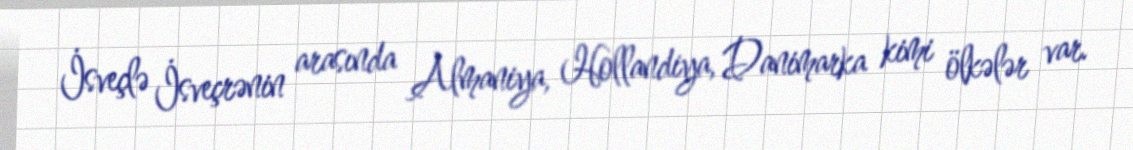
İsveçlə İsveçrənin arasında Almaniya, Hollandiya, Danimarka kimi ölkələr var.